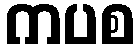
ကပစ